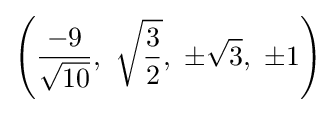
\left({\frac {-9}{\sqrt {10}}},\ {\sqrt {\frac {3}{2}}},\ \pm {\sqrt {3}},\ \pm 1\right)